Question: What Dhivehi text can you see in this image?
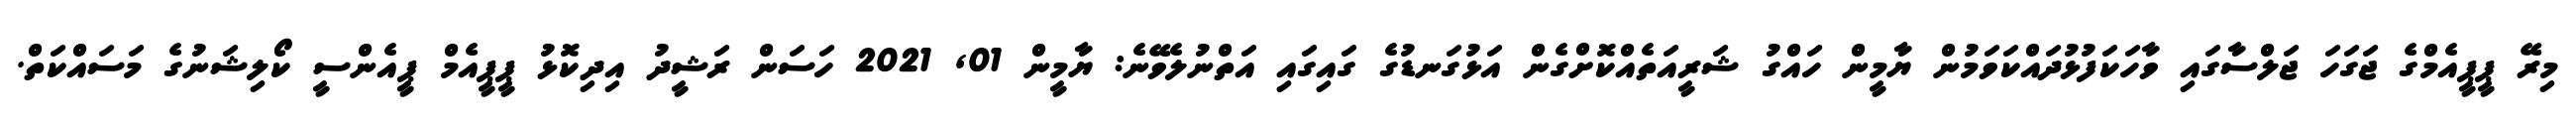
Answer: މިރޭ ޕީޕީއެމްގެ ޖަގަހަ ޖަލްސާގައި ވާހަކަފުޅުދައްކަވަމުން ޔާމީން ހައްގު ޝަރީއަތެއްކޮށްގެން އަޅުގަނޑުގެ ގައިގައި އަތްނުލެވޭނެ: ޔާމީން 01, 2021 ހަސަން ރަޝީދު އިދިކޮޅު ޕީޕީއެމް ޕީއެންސީ ކޯލިޝަނުގެ މަސައްކަތް.